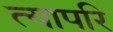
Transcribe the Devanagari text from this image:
त्यापरि